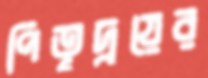
পিতৃদ্বয়ের